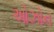
ઓઝોન